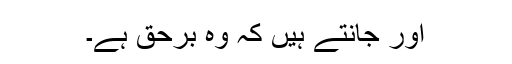
اور جانتے ہیں کہ وہ برحق ہے۔